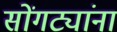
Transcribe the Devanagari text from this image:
सोंगट्यांना